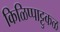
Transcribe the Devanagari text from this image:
किळिप्पाट्टुकळ